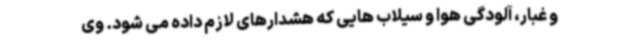
و غبار، آلودگی هوا و سیلاب هایی که هشدارهای لازم داده می شود. وی